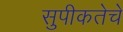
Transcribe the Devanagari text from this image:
सुपीकतेचे